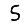
Digit: 5